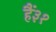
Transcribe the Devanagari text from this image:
हैं३१